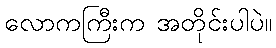
လောကကြီးက အတိုင်းပါပဲ။